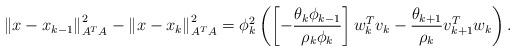
LaTeX: \begin{align*}\left\Vert x-x_{k-1}\right\Vert _{A^{T}A}^{2}-\left\Vert x-x_{k}\right\Vert _{A^{T}A}^{2}=\phi_{k}^{2}\left( \left[-\frac{\theta_k \phi_{k-1}}{\rho_k\phi_k}\right]w_{k}^{T}v_{k}-\frac{\theta_{k+1}}{\rho_{k}}v_{k+1}^{T}w_{k}\right).\end{align*}